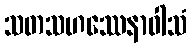
သတသဟဿေနာဝါသံ